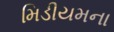
મિડીયમના